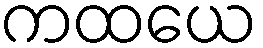
ကထယေ